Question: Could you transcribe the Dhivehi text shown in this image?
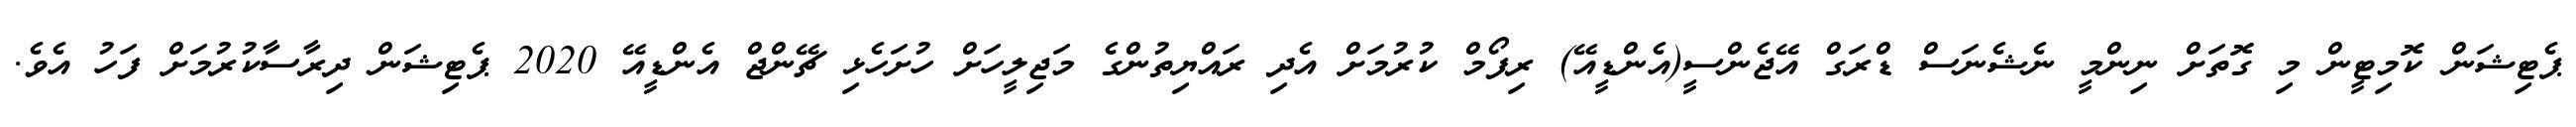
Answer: ޕެޓިޝަން ކޮމިޓީން މި ގޮތަށް ނިންމީ ނެޝެނަސް ޑްރަގް އޭޖެންސީ(އެންޑީއޭ) ރިފޯމް ކުރުމަށް އެދި ރައްޔިތުންގެ މަޖިލީހަށް ހުށަހެޅި ޗޭންޖް އެންޑީއޭ 2020 ޕެޓިޝަން ދިރާސާކުރުމަށް ފަހު އެވެ.